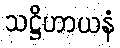
သဋ္ဌိဟာယနံ